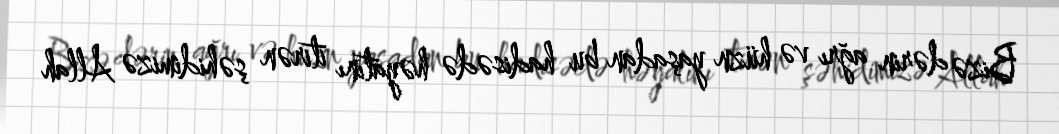
Bizə dərin ağrı və hüzn yaşadan bu hadisədə həyatını itirən şəhidimizə Allah